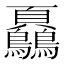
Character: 𩖔